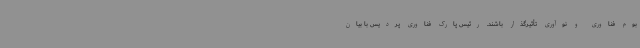
بوم فناوری و نوآوری تأثیرگذار باشند. رئیس پارک فناوری پردیس با بیان